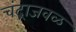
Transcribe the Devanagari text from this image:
चंद्राजवळ